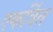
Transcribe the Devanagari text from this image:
एकर्त्रित